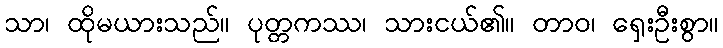
သာ၊ ထိုမယားသည်။ ပုတ္တကဿ၊ သားငယ်၏။ တာဝ၊ ရှေးဦးစွာ။